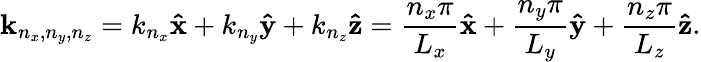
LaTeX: \mathbf{k}_{n_{x},n_{y},n_{z}}=k_{n_{x}}\mathbf{\hat{x}}+k_{n_{y}}\mathbf{\hat{y}}+k_{n_{z}}\mathbf{\hat{z}}={\frac{n_{x}\pi}{L_{x}}}\mathbf{\hat{x}}+{\frac{n_{y}\pi}{L_{y}}}\mathbf{\hat{y}}+{\frac{n_{z}\pi}{L_{z}}}\mathbf{\hat{z}}.